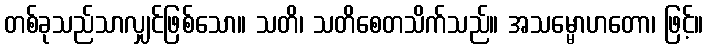
တစ်ခုသည်သာလျှင်ဖြစ်သော။ သတိ၊ သတိစေတသိက်သည်။ အသမ္မောဟတော၊ ဖြင့်။